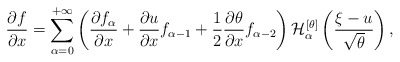
\begin{align*}\frac{\partial f}{\partial x} = \sum_{\alpha = 0}^{+\infty} \left( \frac{\partial f_{\alpha}}{\partial x} + \frac{\partial u}{\partial x} f_{\alpha - 1} + \frac{1}{2} \frac{\partial \theta}{\partial x} f_{\alpha - 2}\right) \mathcal{H}^{[\theta]}_{\alpha} \left( \frac{\xi - u}{\sqrt{\theta}}\right),\end{align*}